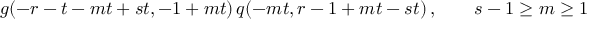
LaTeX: g ( - r - t - m t + s t , - 1 + m t ) \, q ( - m t , r - 1 + m t - s t ) \, , \qquad s - 1 \geq m \geq 1